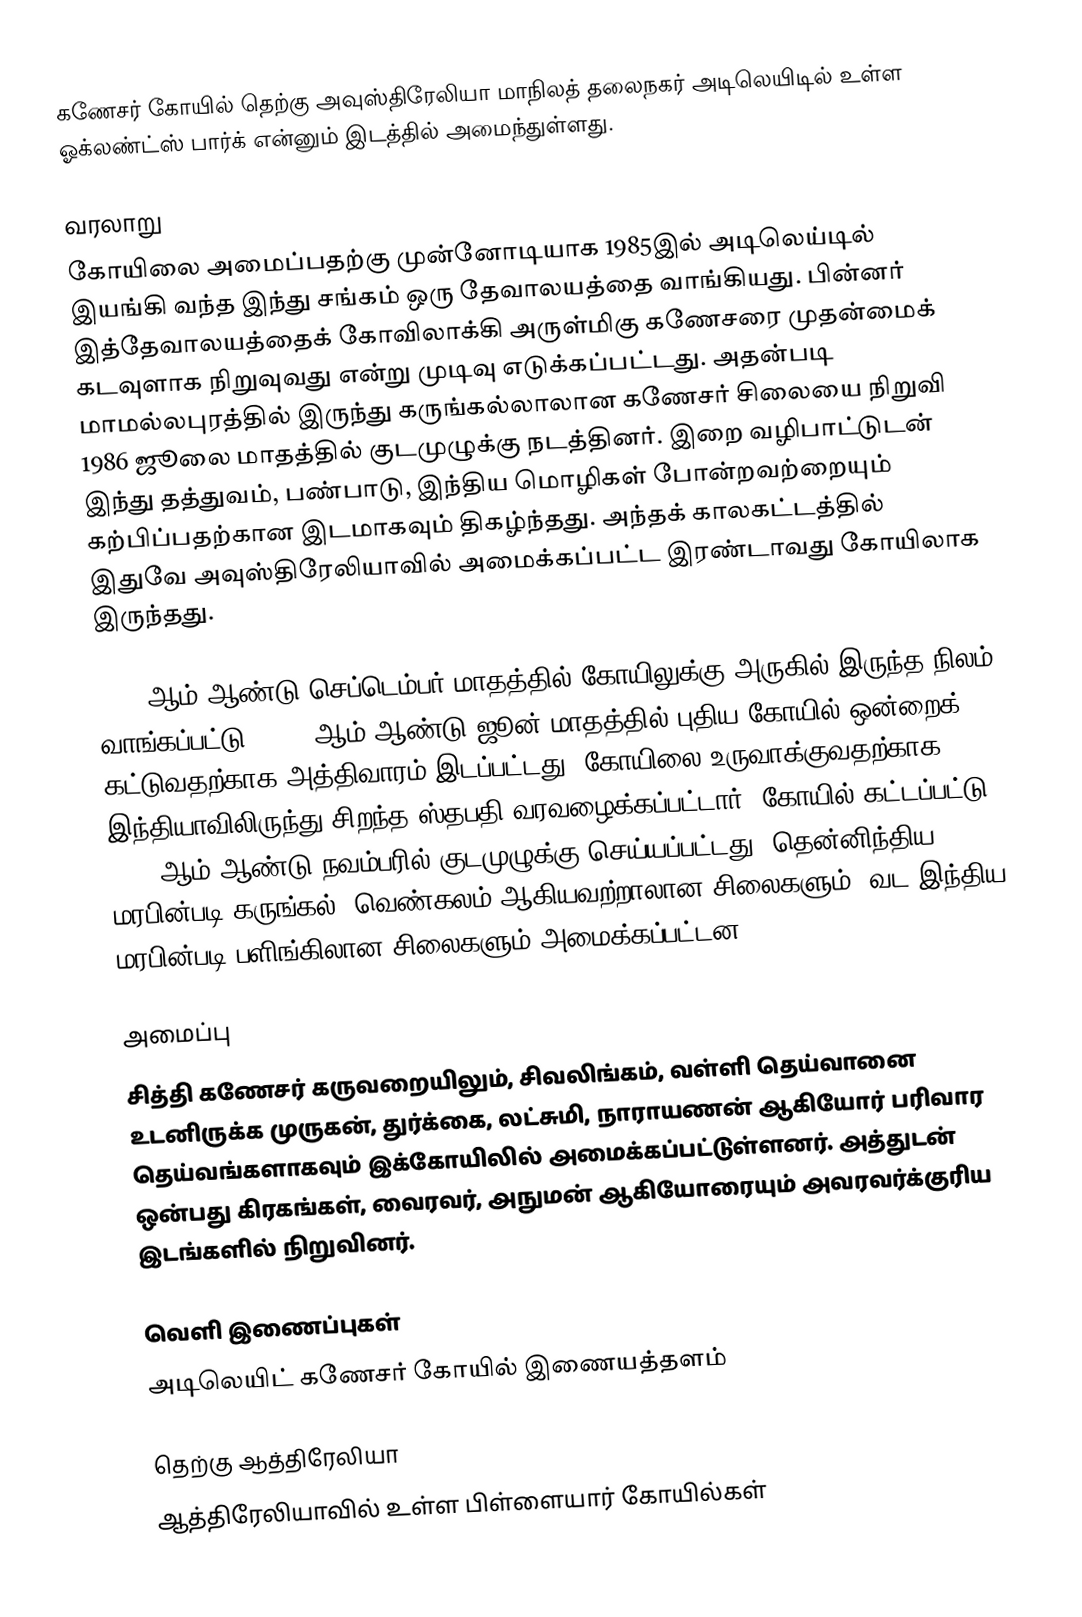
கணேசர் கோயில் தெற்கு அவுஸ்திரேலியா மாநிலத் தலைநகர் அடிலெயிடில் உள்ள ஓக்லண்ட்ஸ் பார்க் என்னும் இடத்தில் அமைந்துள்ளது.

வரலாறு
கோயிலை அமைப்பதற்கு முன்னோடியாக 1985இல் அடிலெய்டில் இயங்கி வந்த இந்து சங்கம் ஒரு தேவாலயத்தை வாங்கியது. பின்னர் இத்தேவாலயத்தைக் கோவிலாக்கி அருள்மிகு கணேசரை முதன்மைக் கடவுளாக நிறுவுவது என்று முடிவு எடுக்கப்பட்டது. அதன்படி மாமல்லபுரத்தில் இருந்து கருங்கல்லாலான கணேசர் சிலையை நிறுவி 1986 ஜூலை மாதத்தில் குடமுழுக்கு நடத்தினர். இறை வழிபாட்டுடன் இந்து தத்துவம், பண்பாடு, இந்திய மொழிகள் போன்றவற்றையும் கற்பிப்பதற்கான இடமாகவும் திகழ்ந்தது. அந்தக் காலகட்டத்தில் இதுவே அவுஸ்திரேலியாவில் அமைக்கப்பட்ட இரண்டாவது கோயிலாக இருந்தது.

1993 ஆம் ஆண்டு செப்டெம்பர் மாதத்தில் கோயிலுக்கு அருகில் இருந்த நிலம் வாங்கப்பட்டு, 1998 ஆம் ஆண்டு ஜூன் மாதத்தில் புதிய கோயில் ஒன்றைக் கட்டுவதற்காக அத்திவாரம் இடப்பட்டது. கோயிலை உருவாக்குவதற்காக இந்தியாவிலிருந்து சிறந்த ஸ்தபதி வரவழைக்கப்பட்டார். கோயில் கட்டப்பட்டு 2000 ஆம் ஆண்டு நவம்பரில் குடமுழுக்கு செய்யப்பட்டது. தென்னிந்திய மரபின்படி கருங்கல், வெண்கலம் ஆகியவற்றாலான சிலைகளும், வட இந்திய மரபின்படி பளிங்கிலான சிலைகளும் அமைக்கப்பட்டன.

அமைப்பு
சித்தி கணேசர் கருவறையிலும், சிவலிங்கம், வள்ளி தெய்வானை உடனிருக்க முருகன், துர்க்கை, லட்சுமி, நாராயணன் ஆகியோர் பரிவார தெய்வங்களாகவும் இக்கோயிலில் அமைக்கப்பட்டுள்ளனர். அத்துடன் ஒன்பது கிரகங்கள், வைரவர், அநுமன் ஆகியோரையும் அவரவர்க்குரிய இடங்களில் நிறுவினர்.

வெளி இணைப்புகள்
 அடிலெயிட் கணேசர் கோயில் இணையத்தளம்

தெற்கு ஆத்திரேலியா
ஆத்திரேலியாவில் உள்ள பிள்ளையார் கோயில்கள்